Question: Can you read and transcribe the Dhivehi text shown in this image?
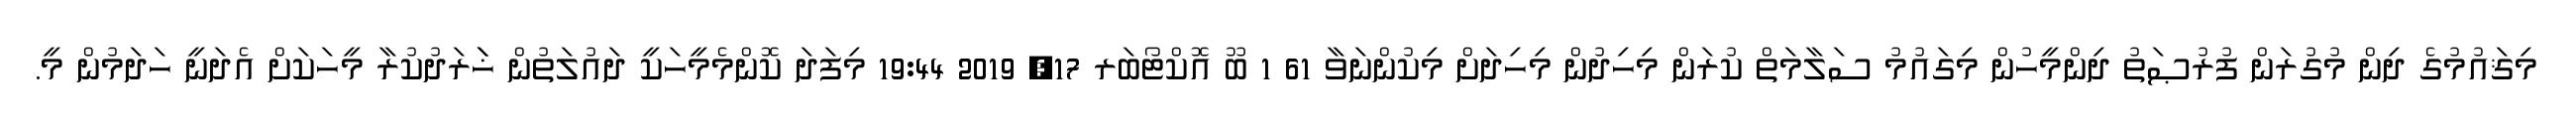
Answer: މިޤައުމުގެ ދިން މުގުރަން ފުރުޞަތު ދިންމީހުން މިގައުމު ސަލާމަތް ކުރަން މިހިދުން މިހިދަށް މިކުންނަވާ 61 1 ބޫ އޮކްޓޯބަރ 17, 2019 19:44 މިފަދަ ކޮންމެމީހަކީ ދައުލަތުން ޚަަރަދުކުރާ މީހަކަށް އެދަނީ ހަދަމުން މީ.